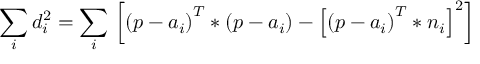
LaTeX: { \underset { i } { \mathop { \sum } } } \, d _ { i } ^ { 2 } = { \underset { i } { \mathop { \sum } } } \, \left[ { { \left( p - { { a } _ { i } } \right) } ^ { T } } * \left( p - { { a } _ { i } } \right) - { { \left[ { { \left( p - { { a } _ { i } } \right) } ^ { T } } * { { n } _ { i } } \right] } ^ { 2 } } \right]